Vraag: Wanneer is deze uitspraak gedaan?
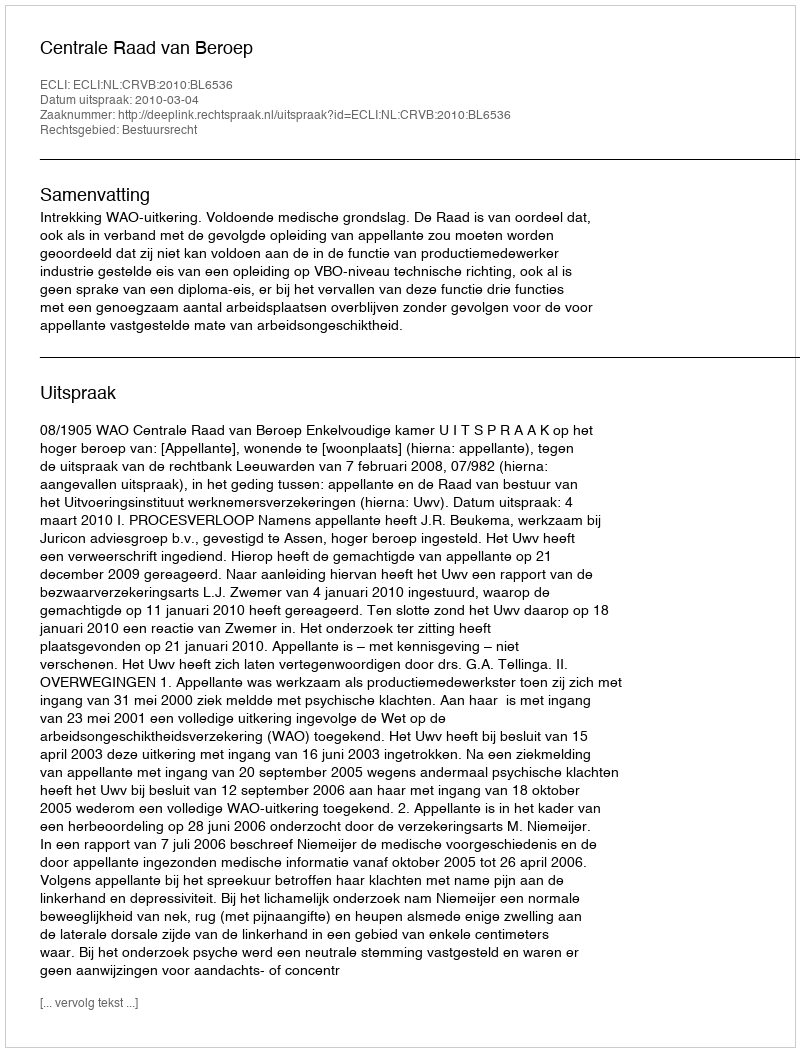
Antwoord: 2010-03-04